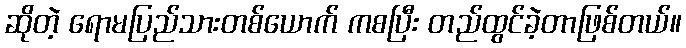
ဆိုတဲ့ ရောမပြည်သားတစ်ယောက် ကစပြီး တည်ထွင်ခဲ့တာဖြစ်တယ်။